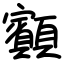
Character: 顮